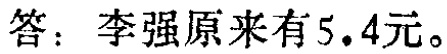
答：李强原来有$5.4$元。